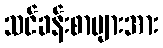
သင်ခန်းစာများအား